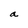
Character: a